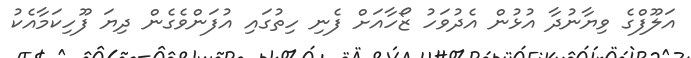
އަލޫފްގެ ވިޔާނުދާ އުޅުން އެދުވަހު ޒޯހާއަށް ފެނި ހިތުގައި އުފަންވެގެން ދިޔަ ފޫހިކަމާއެކު